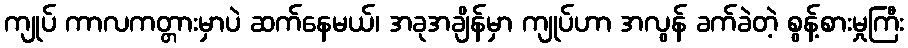
ကျုပ် ကာလကတ္တားမှာပဲ ဆက်နေမယ်၊ အခုအချိန်မှာ ကျုပ်ဟာ အလွန် ခက်ခဲတဲ့ စွန့်စားမှုကြီး